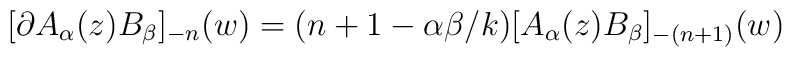
[ \partial A_{\alpha}(z)B_{\beta} ]_{-n}(w)=(n+1-\alpha\beta/k)  [ A_{\alpha}(z)B_{\beta} ]_{-(n+1)}(w)